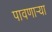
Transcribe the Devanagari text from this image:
पावणार्‍या